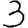
Digit: 3